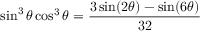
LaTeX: \sin ^ { 3 } \theta \cos ^ { 3 } \theta = { \frac { 3 \sin ( 2 \theta ) - \sin ( 6 \theta ) } { 3 2 } }